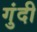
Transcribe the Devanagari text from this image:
गुंदी